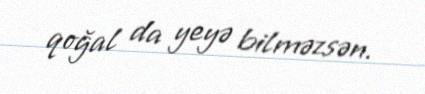
qoğal da yeyə bilməzsən.